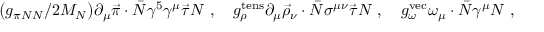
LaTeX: \big ( g _ { \pi N N } / 2 M _ { N } \big ) \partial _ { \mu } \vec { \pi } \cdot \bar { N } \gamma ^ { 5 } \gamma ^ { \mu } \vec { \tau } N \ , \quad g _ { \rho } ^ { \mathrm { t e n s } } \partial _ { \mu } \vec { \rho } _ { \nu } \cdot \bar { N } \sigma ^ { \mu \nu } \vec { \tau } N \ , \quad g _ { \omega } ^ { \mathrm { v e c } } \omega _ { \mu } \cdot \bar { N } \gamma ^ { \mu } N \ ,